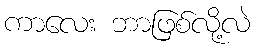
ကာလေး ဘာဖြစ်လို့လဲ